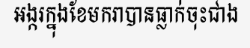
អង្ករក្នុងខែមករាបានធ្លាក់ចុះជាង